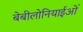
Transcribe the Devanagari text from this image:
बेबीलोनियाईओं